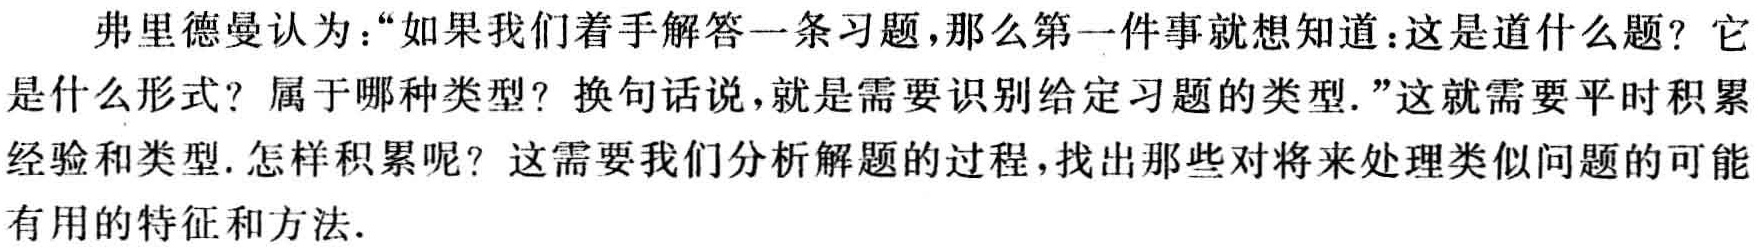
弗里德曼认为：“如果我们着手解答一条习题，那么第一件事就想知道：这是道什么题？它是什么形式？属于哪种类型？换句话说，就是需要识别给定习题的类型.”这就需要平时积累经验和类型. 怎样积累呢？这需要我们分析解题的过程，找出那些对将来处理类似问题的可能有用的特征和方法.